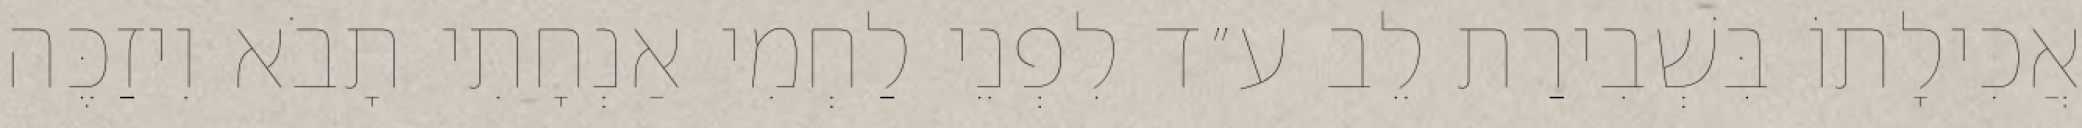
אֲכִילָתוֹ בִּשְׁבִירַת לֵב ע״ד לִפְנֵי לַחְמִי אַנְחָתִי תָבֹא וִיזַכֶּה